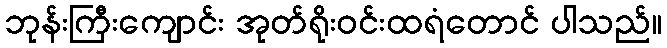
ဘုန်းကြီးကျောင်း အုတ်ရိုးဝင်းထရံတောင် ပါသည်။